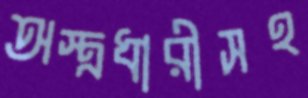
অস্ত্রধারীসহ